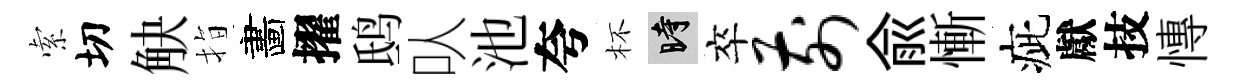
索切觖指畵擢鸱㕥池夸杯时卒前俞慚疵獻技慱